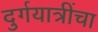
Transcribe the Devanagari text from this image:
दुर्गयात्रींचा